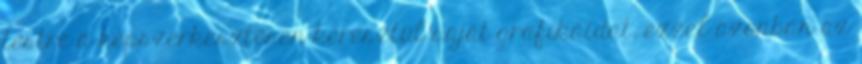
testre a képszerkesztésen keresztül saját grafikáidat, ezzel azonban az